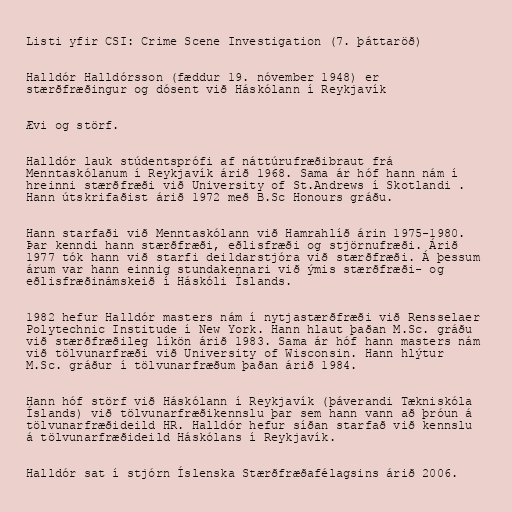
Listi yfir CSI: Crime Scene Investigation (7. þáttaröð)

Halldór Halldórsson (fæddur 19. nóvember 1948) er
stærðfræðingur og dósent við Háskólann í Reykjavík

Ævi og störf.

Halldór lauk stúdentsprófi af náttúrufræðibraut frá
Menntaskólanum í Reykjavík árið 1968. Sama ár hóf hann nám í
hreinni stærðfræði við University of St.Andrews í Skotlandi .
Hann útskrifaðist árið 1972 með B.Sc Honours gráðu.

Hann starfaði við Menntaskólann við Hamrahlíð árin 1975-1980.
Þar kenndi hann stærðfræði, eðlisfræði og stjörnufræði. Árið
1977 tók hann við starfi deildarstjóra við stærðfræði. Á þessum
árum var hann einnig stundakennari við ýmis stærðfræði- og
eðlisfræðinámskeið í Háskóli Íslands.

1982 hefur Halldór masters nám í nytjastærðfræði við Rensselaer
Polytechnic Institude í New York. Hann hlaut þaðan M.Sc. gráðu
við stærðfræðileg líkön árið 1983. Sama ár hóf hann masters nám
við tölvunarfræði við University of Wisconsin. Hann hlýtur
M.Sc. gráður í tölvunarfræðum þaðan árið 1984.

Hann hóf störf við Háskólann í Reykjavík (þáverandi Tækniskóla
Íslands) við tölvunarfræðikennslu þar sem hann vann að þróun á
tölvunarfræðideild HR. Halldór hefur síðan starfað við kennslu
á tölvunarfræðideild Háskólans í Reykjavík.

Halldór sat í stjórn Íslenska Stærðfræðafélagsins árið 2006.